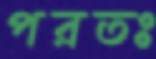
পরতঃ